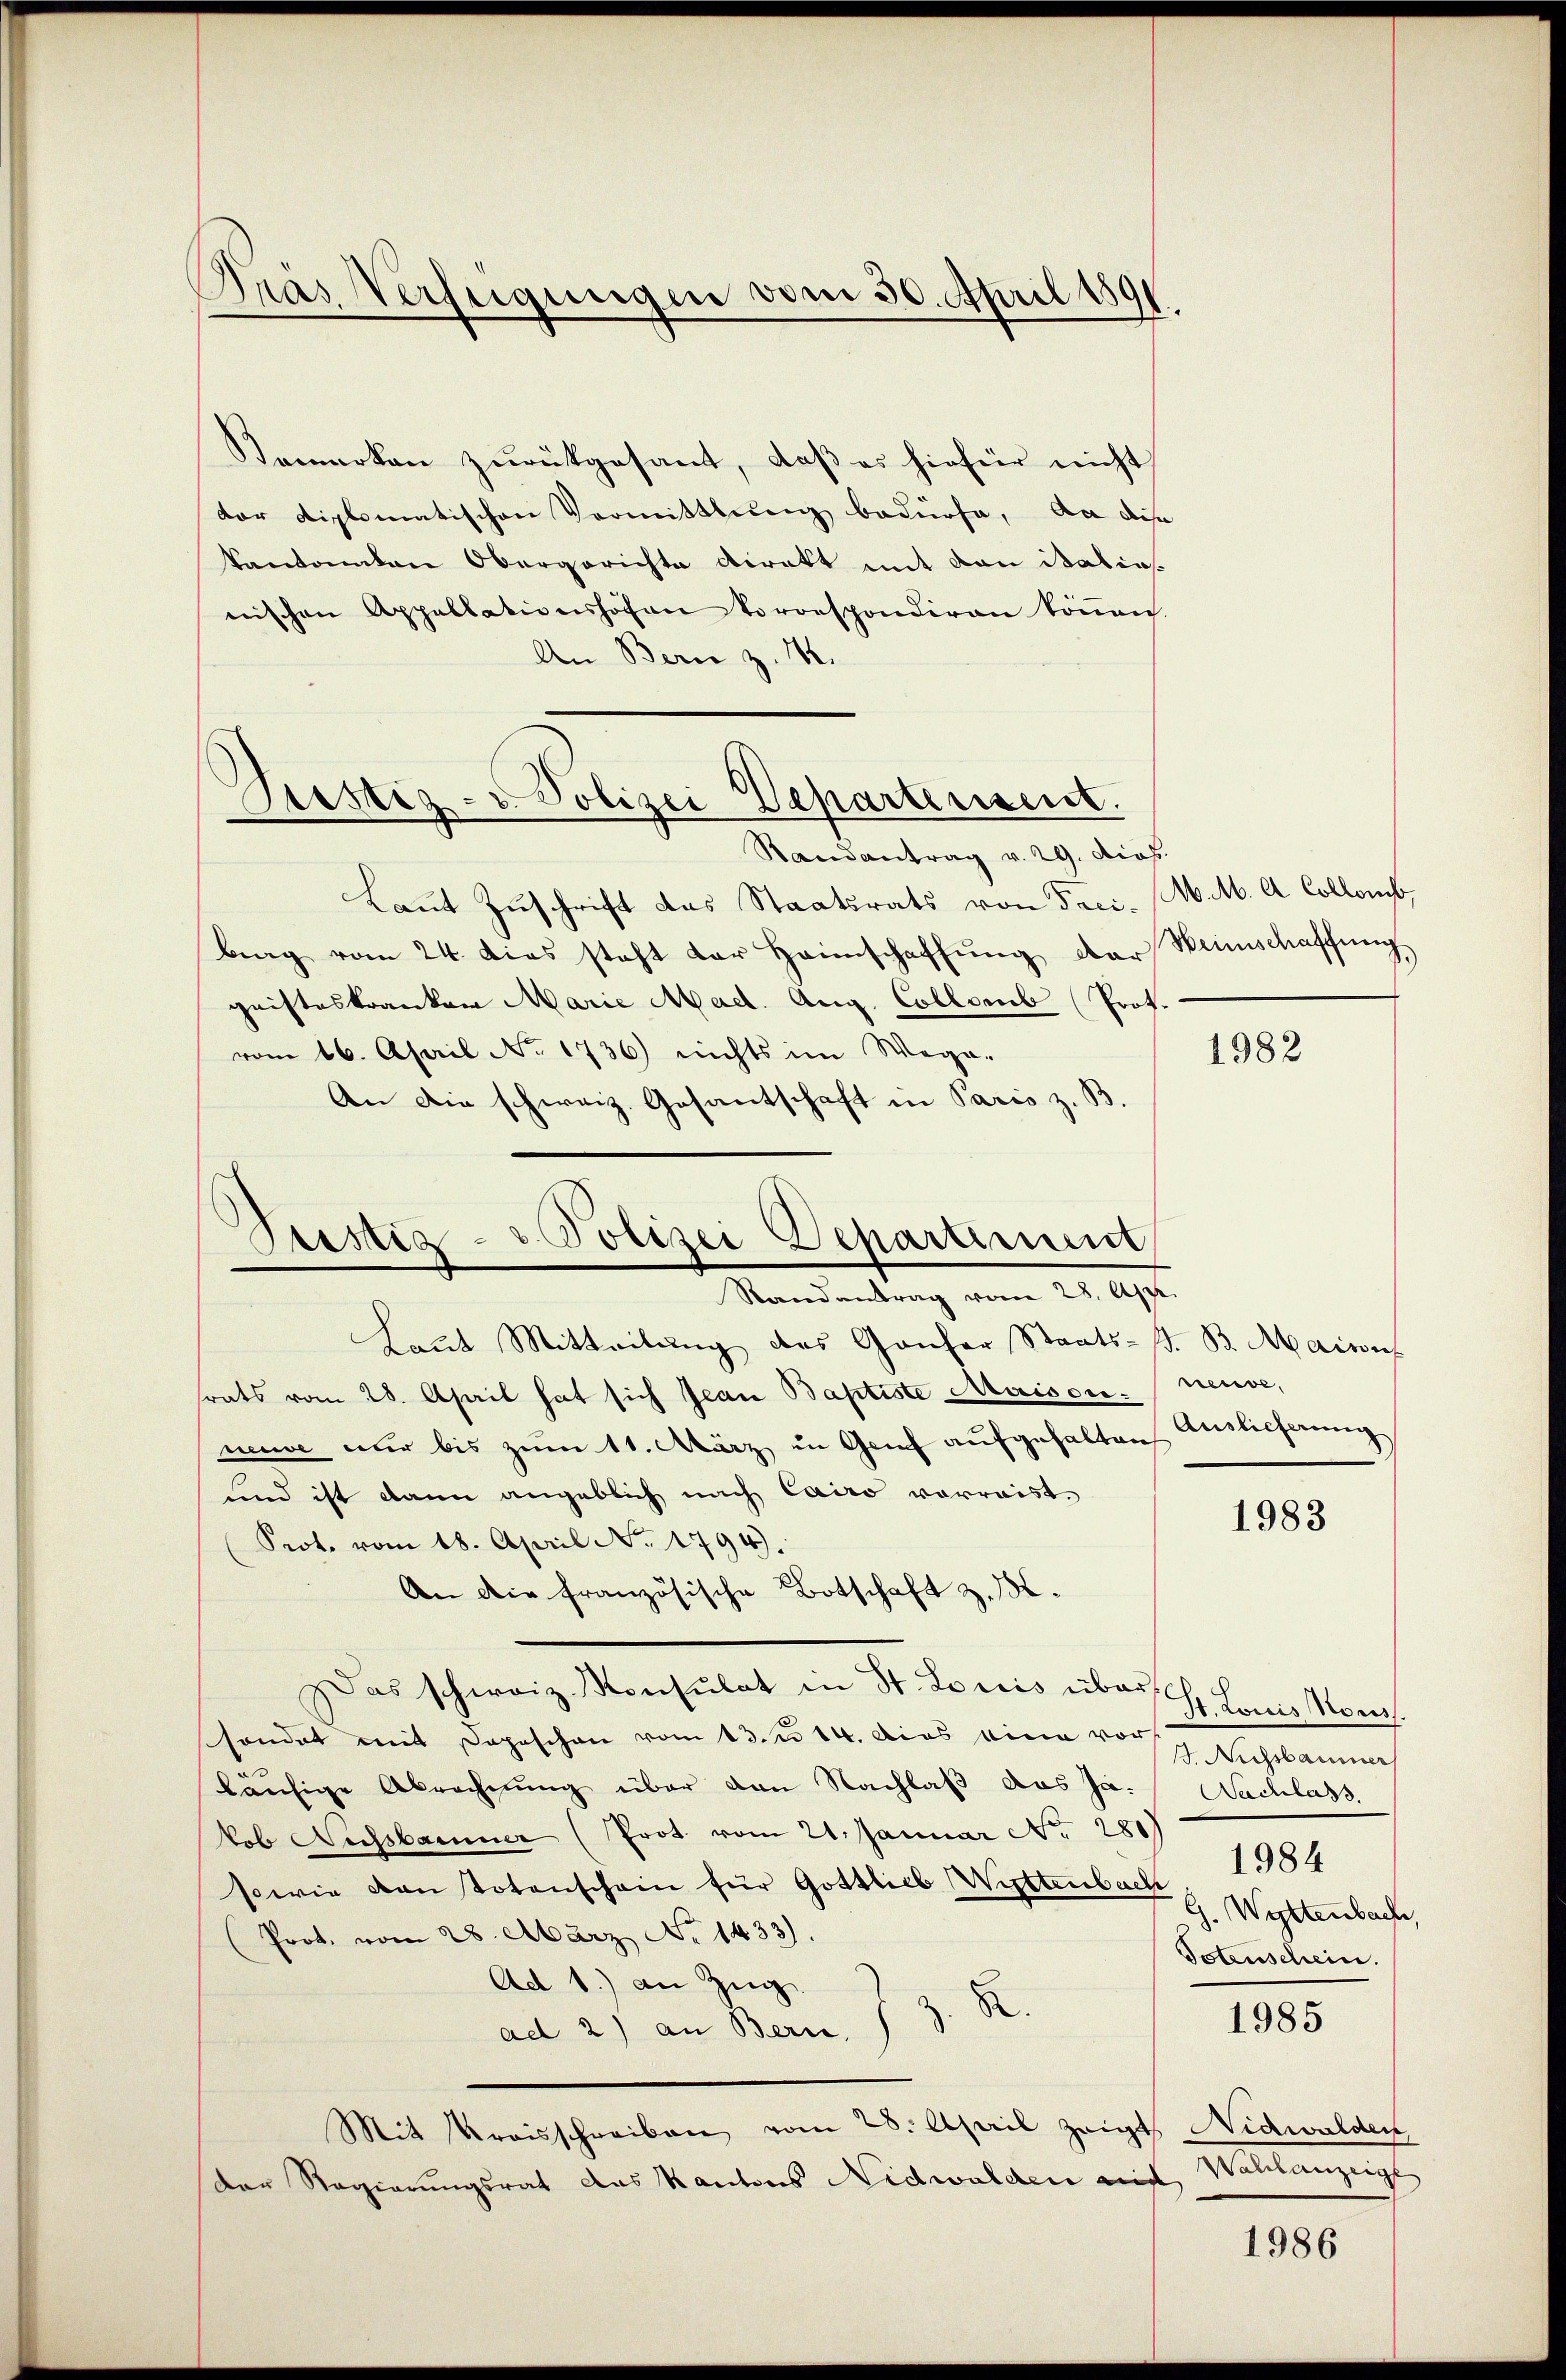
Gras Verfügungen vom 30. April 189

Komarken zŭrückgesant, daβ es hiefür nicht
dor diplomatischen Vormittlung bedürfe, da dise
kantonalen Obergerichte direkt mit den italias.
nischen Appellationshofen korrespondiren köṅen.
An Bern z. 12.
Randantrag v. 29. dies
Laut Zuschrift das Staatsrats von Frei- M.M. A. Collomb
Brag vom 24. dies steht der Heimschaffung der
geisteskranken Marie Mad. Aug. Collomb (Prot.
vom 16. April No 1736) nichts im Wege-
An die schweiz. Gesantschaft in Paris z. B.
Laut Mitteilung des Ganzer Staats-G. B. Mairis
srats vom 28. April hat sich Jean Baptiste Maison neuve,
mine nur bis zŭm 11. März in Grif aŭfgehalten Auslieferung
sind ist dann angeblich nach Cairo verreist.
1983
Prot. vom 18. April No 1794.
An die französische Botschaft z. B.
Das schweiz. Konsulat in St. Loris überst
H. Louis Nous
shandet mit Depeschen vom 13. u. 14. Dies eine vor
. Niessbaumer
läufige Abrechnung über den Nachlaß das Ja. Nachlass
kob Ausbauer (Prot. vom 21. Januar No. 280
1984
sowie von Totenschein für Gottlieb Wittenbach
G. Wettenbach
Prot. vom 28. März No. 1433).
Totenschein.
Ad 1) an Zug.
1985
ad 2) an Bern. J. J. R.
Mit Kreisschreiben vom 28. April zeigt Nidwalden
Walchanzeige
Der Regierungsrat das Kantons Nidwalden auf
1986

ustiz- u. Polizei Departensent.

Polizei Departinum
Pustiz.
Randantrag vom 28. Apr

Heimschaffung

1982